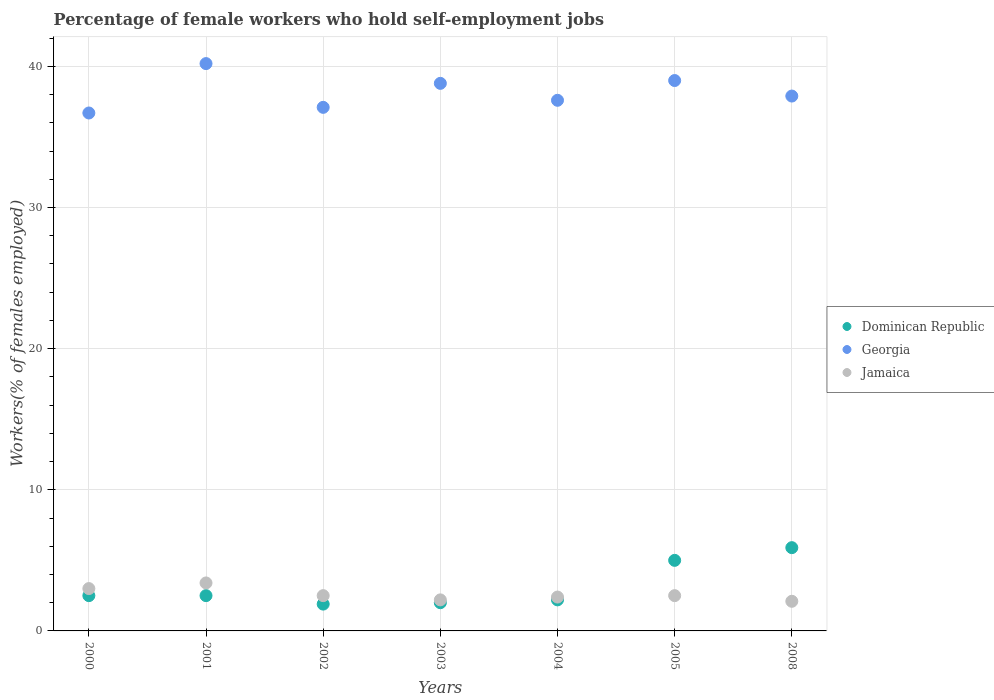
| Years | Dominican Republic | Georgia | Jamaica |
 | --- | --- | --- | --- |
 | 2000 | 2.5 | 36.7 | 3 |
 | 2001 | 2.5 | 40.2 | 3.4 |
 | 2002 | 1.9 | 37.1 | 2.5 |
 | 2003 | 2 | 38.8 | 2.2 |
 | 2004 | 2.2 | 37.6 | 2.4 |
 | 2005 | 5 | 39 | 2.5 |
 | 2008 | 5.9 | 37.9 | 2.1 |